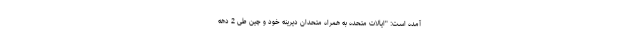
آمده است: "ایالات متحده به همراه متحدان دیرینه خود و چین طی 2 دهه